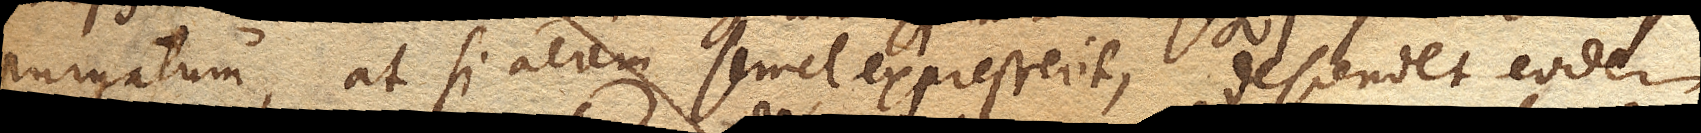
purgatum, at si aerem semel expresserit, descendet eodem